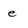
Character: e